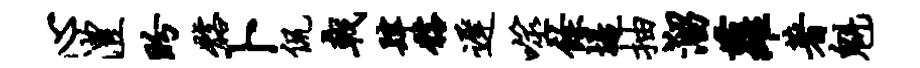
心澧盼髂卜侃戟肆髂迟噬余堤抽溜萝著魁